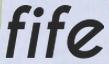
fife